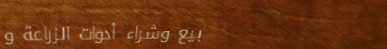
بيع وشراء أدوات الزراعة و